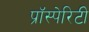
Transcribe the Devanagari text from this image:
प्रॉस्पेरिटी